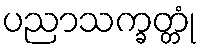
ပညာသက္ခတ္တုံ